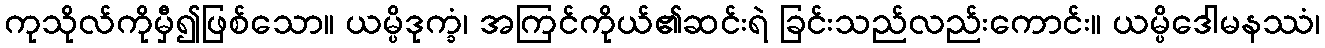
ကုသိုလ်ကိုမှီ၍ဖြစ်သော။ ယမ္ပိဒုက္ခံ၊ အကြင်ကိုယ်၏ဆင်းရဲ ခြင်းသည်လည်းကောင်း။ ယမ္ပိဒေါမနဿံ၊